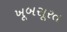
ખૂબસૂરત